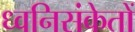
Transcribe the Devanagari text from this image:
ध्वनिसंकेतों